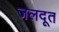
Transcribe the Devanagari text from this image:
जलदूत